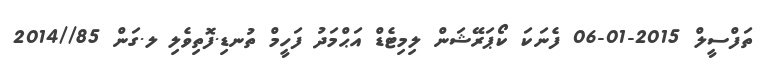
ތަފްސީލް 2015-01-06 ފެނަކަ ކޯޕަރޭޝަން ލިމިޓެޑް އަޙްމަދު ފަހީމް ތުނޑި.ފޮތިވެލި ލ.ގަން 85//2014